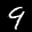
Label: 9